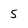
Character: 5